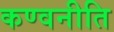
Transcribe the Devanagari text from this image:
कण्वनीति